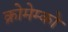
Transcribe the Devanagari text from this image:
क्रोमेम्को